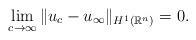
LaTeX: \begin{align*}\lim_{c \rightarrow \infty} \| u_c - u_{\infty}\|_{H^1(\mathbb{R}^n)} = 0.\end{align*}